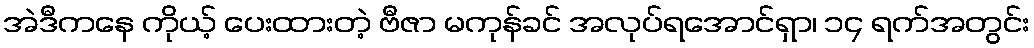
အဲဒီကနေ ကိုယ့် ပေးထားတဲ့ ဗီဇာ မကုန်ခင် အလုပ်ရအောင်ရှာ၊ ၁၄ ရက်အတွင်း